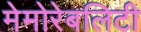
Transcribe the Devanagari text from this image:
मेमोरेबलिटी